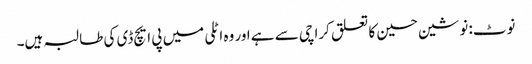
نوٹ: نوشین حسین کا تعلق کراچی سے ہے اور وہ اٹلی میں پی ایچ ڈی کی طالبہ ہیں۔